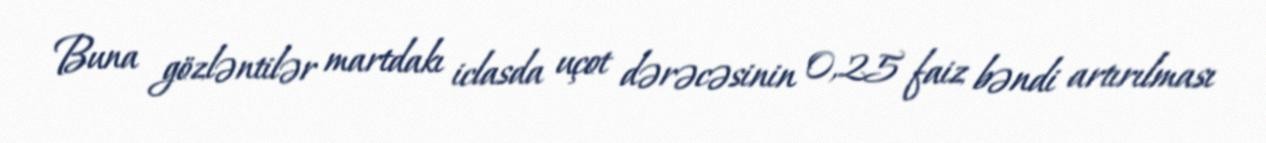
Buna gözləntilər martdakı iclasda uçot dərəcəsinin 0,25 faiz bəndi artırılması